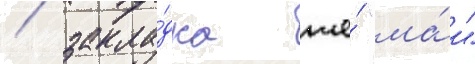
/ закла́дка же́ "ма́и"